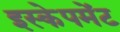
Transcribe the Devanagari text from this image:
इस्केपमेंट